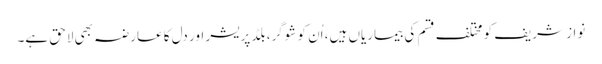
نواز شریف کو مختلف قسم کی بیماریاں ہیں، اُن کو شوگر، بلڈ پریشر اور دل کا عارضہ بھی لاحق ہے۔